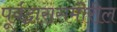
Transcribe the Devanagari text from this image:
पूर्वद्वारासमोरील